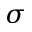
\sigma